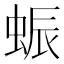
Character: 蜄